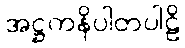
အဋ္ဌကနိပါတပါဠိ